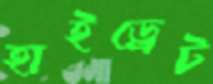
হাইড্রেট